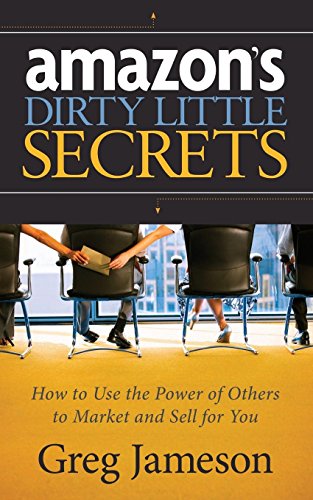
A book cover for Amazon's Dirty Little Secrets: How to Use the Power of Others to Market and Sell for You; Greg Jameson; Computers & Technology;